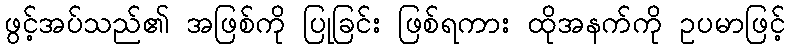
ဖွင့်အပ်သည်၏ အဖြစ်ကို ပြုခြင်း ဖြစ်ရကား ထိုအနက်ကို ဥပမာဖြင့်